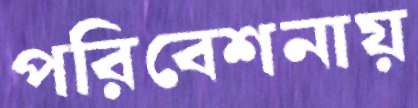
পরিবেশনায়